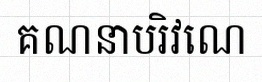
គណនាបរិវេណ